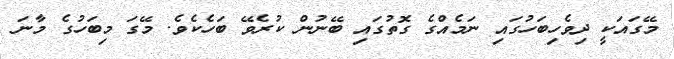
މޭގައަކީ ދިވެހިބަހުގައި ނަމެއްގެ ގޮތުގައި ބޭނުން ކުރެވޭ ބަހެކެވެ. މޭގަ މިބަހުގެ މާނަ